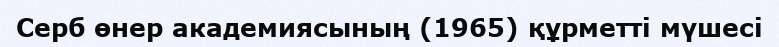
Серб өнер академиясының (1965) құрметті мүшесі